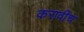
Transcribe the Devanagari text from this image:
करावीच